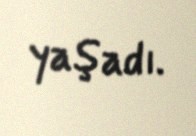
yaşadı.